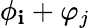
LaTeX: \phi_{\mathbf{i}}+\varphi_{j}